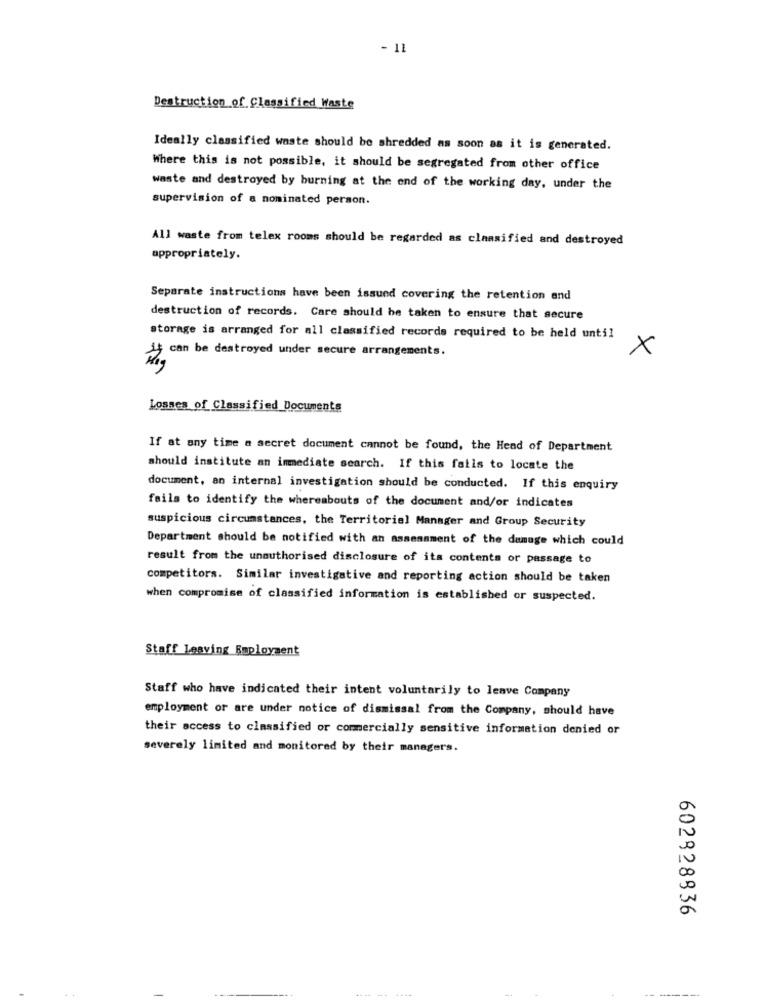
- 11
Destruction of Classified Waste
Ideally classified waste should be shredded as soon as it is generated.
Where this is not possible, it should be segregated from other office
waste and destroyed by burning at the end of the working day, under the
supervision of a nominated person.
All waste from telex rooms should be regarded as classified and destroyed
appropriately.
Separate instructions have been issued covering the retention and
destruction of records. Care should be taken to ensure that secure
storage is arranged for all classified records required to be held until
can be destroyed under secure arrangements.
x
Losmes of Classified Documents
If at any time a secret document cannot be found, the Head of Department
should institute an immediate search. If this fails to locate the
document, an internal investigation should be conducted. If this enquiry
fails to identify the whereabouts of the document and/or indicates
suspicious circumstances, the Territorial Manager and Group Security
Department should be notified with an assessment of the damuge which could
result from the unauthorised disclosure of its contents or passage to
competitors. Similar investigative and reporting action should be taken
when compromise of classified information is established or suspected.
Staff Leaving Employment
Staff who have indicated their intent voluntarily to lenve Company
employment or are under notice of dismissal from the Company, should have
their access to classified or commercially sensitive information denied or
severely limited and monitored by their managers.
602828836